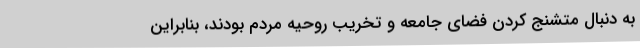
به دنبال متشنج کردن فضای جامعه و تخریب روحیه مردم بودند، بنابراین